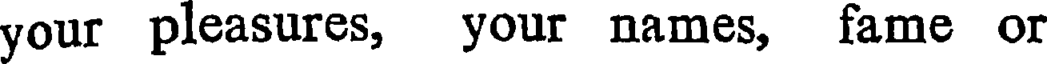
your pleasures, your names, fame or